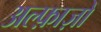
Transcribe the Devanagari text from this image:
अल्फ़ाज़ों